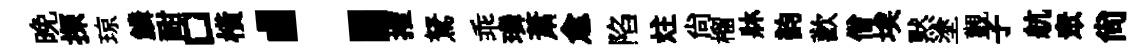
晚探琼鱗酣口橫：搉駑乖璘萧愈陷炷尚榴牀韵歡僧埃黙塗觀子航衆尚